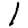
Digit: 1